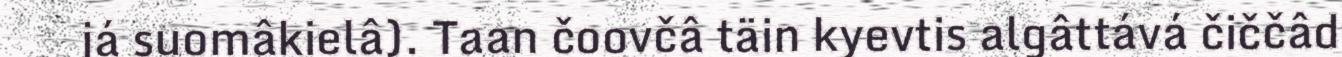
já suomâkielâ). Taan čoovčâ täin kyevtis algâttává čiččâd